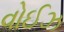
વોઈઝ